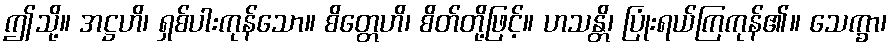
ဤသို့။ အဋ္ဌဟိ၊ ရှစ်ပါးကုန်သော။ စိတ္တေဟိ၊ စိတ်တို့ဖြင့်။ ဟသန္တိ၊ ပြုံးရယ်ကြကုန်၏။ သေက္ခာ၊